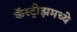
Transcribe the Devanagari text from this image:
कॅस्ट्रीझमध्ये